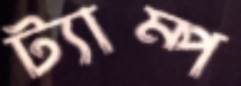
ট্যাম্প